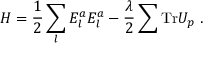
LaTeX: H = { \frac { 1 } { 2 } } \sum _ { l } E _ { l } ^ { a } E _ { l } ^ { a } - { \frac { \lambda } { 2 } } \sum \mathrm { T r } U _ { p } ~ .